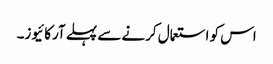
اس کو استعمال کرنے سے پہلے آرکائیوز۔